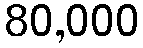
80,000